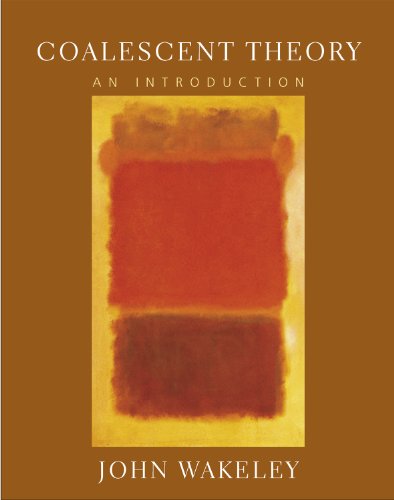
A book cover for Coalescent Theory: An Introduction; John Wakeley; Medical Books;